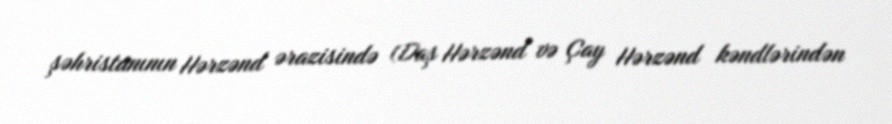
şəhristanının Hərzənd ərazisində (Daş Hərzənd və Çay Hərzənd kəndlərindən